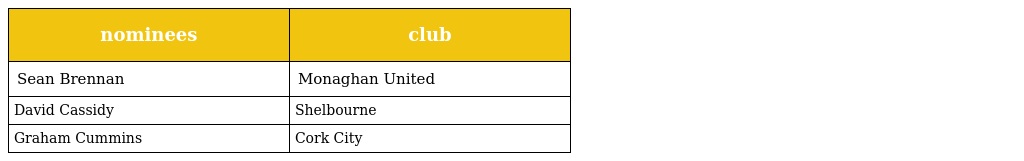
| nominees | club |
 | --- | --- |
 | Sean Brennan | Monaghan United |
 | David Cassidy | Shelbourne |
 | Graham Cummins | Cork City |